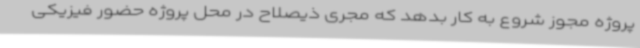
پروژه مجوز شروع به کار بدهد که مجری ذیصلاح در محل پروژه حضور فیزیکی